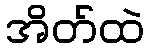
အိတ်ထဲ